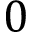
0